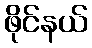
ဖိုင်နယ်